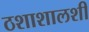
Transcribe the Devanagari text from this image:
ठशाशालशी